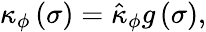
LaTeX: \kappa_{\phi}\left(\sigma\right)=\hat{\kappa}_{\phi}g\left(\sigma\right),